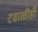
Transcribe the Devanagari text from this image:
टवाळीही